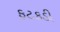
ફટકડી